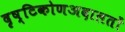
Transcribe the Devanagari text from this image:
दृष्टिकोणअदालतों